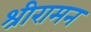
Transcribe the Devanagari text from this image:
श्रीरामन